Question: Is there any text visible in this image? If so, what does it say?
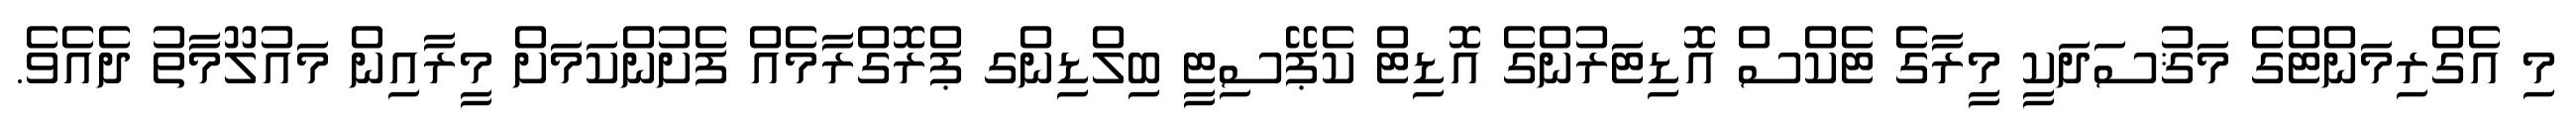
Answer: މި އެގްރިމަންޓްގެ މަޤުސަދަކީ މީރާގެ ޓެކްސް އޮޑިޓަރުންގެ އޮޑިޓް ކެޕޭސިޓީ ބިލްޑިންގ ޕްރޮގްރާމެއް ފެށުންކަމަށް މީރާއިން މައުލޫމާތު ދެއެވެ.